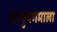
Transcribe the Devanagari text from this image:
अभ्युपगमाला